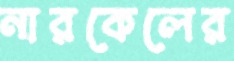
নারকেলের